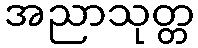
အညာသုတ္တ